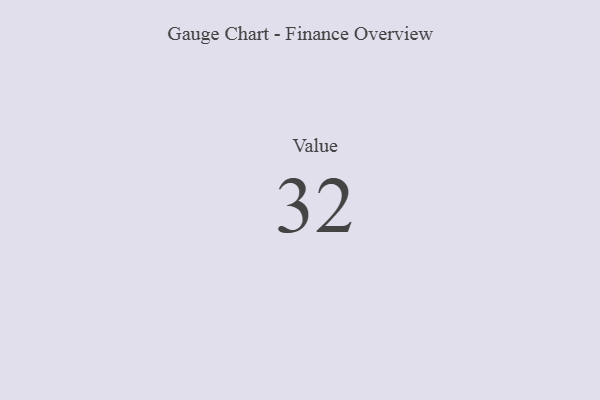
{"axis": {"x": "Metric", "y": "Value"}, "legend": [""], "data": [{"x": "Value", "y": 32, "type": ""}]}